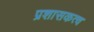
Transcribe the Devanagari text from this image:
प्रशासकत्व